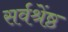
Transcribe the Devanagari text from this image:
सर्वश्रेंष्ठ